Medical and sanitary report on the native army of Bombay for the year
Year: 1878
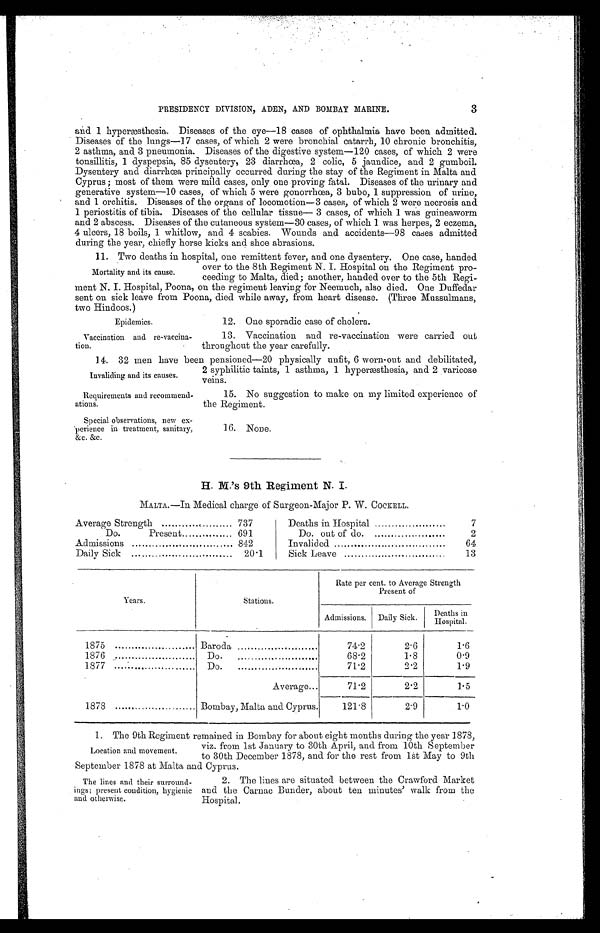
PRESIDENCY DIVISION, ADEN, AND BOMBAY MARINE.
3
and 1 hyperæsthesia. Diseases of the eye—18 cases of ophthalmia have been admitted.
Diseases of the lungs—17 cases, of which 2 were bronchial catarrh, 10 chronic bronchitis,
2 asthma, and 3 pneumonia. Diseases of the digestive system—120 cases, of which 2 were
tonsillitis, 1 dyspepsia, 85 dysentery, 23 diarrhœa, 2 colic, 5 jaundice, and 2 gumboil.
Dysentery and diarrhœa principally occurred during the stay of the Regiment in Malta and
Cyprus ; most of them were mild cases, only one proving fatal. Diseases of the urinary and
generative system-10 cases, of which 5 were gonorrhœa, 3 bubo, 1 suppression of urine,
and 1 orchitis. Diseases of the organs of locomotion—3 cases, of which 2 were necrosis and
1 periostitis of tibia. Diseases of the cellular tissue— 3 cases, of which 1 was guineaworm
and 2 abscess. Diseases of the cutaneous system—30 cases, of which 1 was herpes, 2 eczema,
4 ulcers, 18 boils, 1 whitlow, and 4 scabies. Wounds and accidents—98 cases admitted
during the year, chiefly horse kicks and shoe abrasions.
Mortality and its cause.
11. Two deaths in hospital, one remittent fever, and one dysentery. One case, handed
over to the 8th Regiment N. I. Hospital on the Regiment pro-
ceeding to Malta, died; another, handed over to the 5th Regi--
ment N. I. Hospital, Poona, on the regiment leaving for Neemuch, also died. One Duffedar
sent on sick leave from Poona, died while away, from heart disease. (Three Mussulmans,
two Hindoos.)
Epidemics.
12. One sporadic case of cholera.
Vaccination and re-vaccina-
tion.
13. Vaccination and re-vaccination were carried out
throughout the year carefully.
Invaliding and its causes.
14. 32 men have been pensi oned—20 physi cal l y unfi t , 6 worn-out and debi l i t at ed,
2 syphilitic taints, 1 asthma, 1 hyperæsthesia, and 2 varicose
veins.
Requirements and recommend-
ations.
15. No suggestion to make on my limited experience of
the Regiment.
Special observations, new ex-
'perience in treatment, sanitary,
&c. &c.
16. None.
H. M.'s 9th Regiment N. I.
MALTA.—In Medical charge of Surgeon-Major P. W. COCKELL.
Average Strength
737
Deaths in Hospital
7
Do.
Present
691
Do. out of do.
2
Admissions
842
Invalided
64
Daily Sick
20.1
Sick Leave
13
Years.
Stations.
Rate per cent. to Average Strength
Present of
Admissions. Daily Sick.
Deaths in
Hospital.
1875
Baroda
74.2
2.6
1.6
1876
Do.
...
68.2
1.8
0.9
1877
...
Do. . . . . . . . . . . . . . . . . . . . . . . . . . . . . .
71.2
2.2
1.9
1878
Average...
71.2
2.2
1.5
Bombay, Malta and Cyprus.
121.8
2.9
1 . 0
1. The 9th Regiment remained in Bombay for about eight months during the year 1878,
Location and movement.
viz. from 1st January to 30th April, and from 10th September
to 30th December 1878, and for the rest from 1st May to 9th
September 1878 at Malta and Cyprus.
The lines and their surround-
ings; present condition, hygienic
and otherwise.
2. The lines are situated between the Crawford Market
and the Carnac Bunder, about ten minutes' walk from the
Hospital.